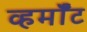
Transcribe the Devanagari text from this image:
व्हर्मॉँट